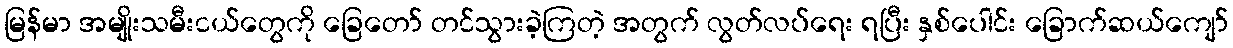
မြန်မာ အမျိုးသမီးငယ်တွေကို ခြေတော် တင်သွားခဲ့ကြတဲ့ အတွက် လွတ်လပ်ရေး ရပြီး နှစ်ပေါင်း ခြောက်ဆယ်ကျော်